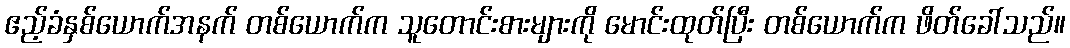
ဧည့်ခံနှစ်ယောက်အနက် တစ်ယောက်က သူတောင်းစားများကို မောင်းထုတ်ပြီး တစ်ယောက်က ဖိတ်ခေါ်သည်။